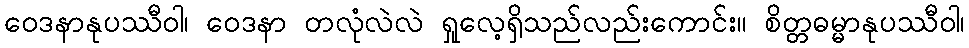
ဝေဒနာနုပဿီဝါ၊ ဝေဒနာ တလုံလဲလဲ ရှုလေ့ရှိသည်လည်းကောင်း။ စိတ္တဓမ္မာနုပဿီဝါ၊